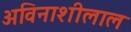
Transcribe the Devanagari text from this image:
अविनाशीलाल